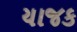
યાજક